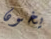
يخون